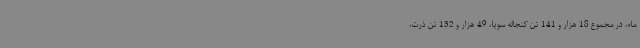
ماه، در مجموع 18 هزار و 141 تن کنجاله سویا، 49 هزار و 132 تن ذرت،